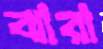
ঝারা